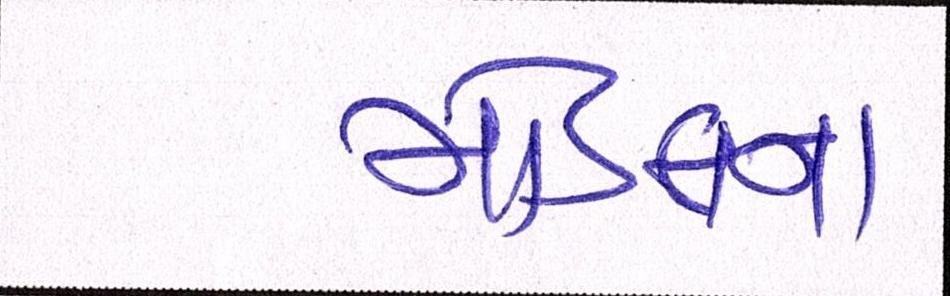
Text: મોડલના